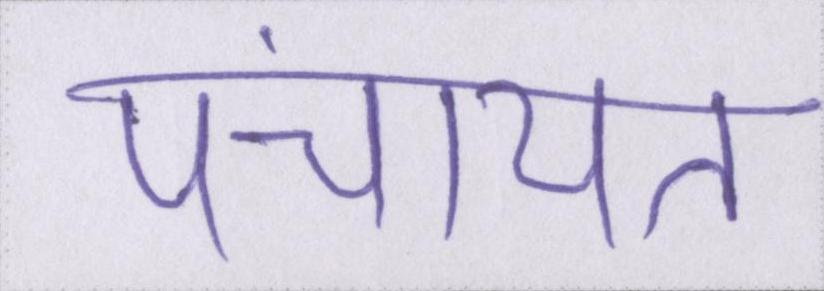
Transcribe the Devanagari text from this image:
पंचायत